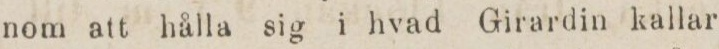
nom att hålla sig i hvad Girardin kallar